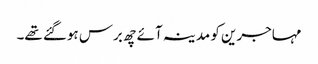
مہاجرین کو مدینہ آئے چھ برس ہوگئے تھے۔